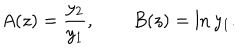
LaTeX: A ( z ) = \frac { y _ { 2 } } { y _ { 1 } } , \qquad B ( z ) = \ln { y _ { 1 } } .